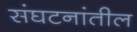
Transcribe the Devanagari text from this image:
संघटनांतील